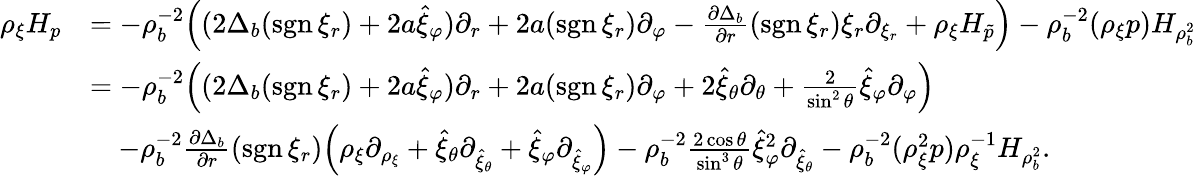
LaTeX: \begin{array}{rl}{\rho_{\xi}H_{p}}&{=-\rho_{b}^{-2}\Big((2\Delta_{b}(\mathrm{sgn\, }\xi_{r})+2a\hat{\xi}_{\varphi})\partial_{r}+2a(\mathrm{sgn\, }\xi_{r})\partial_{\varphi}-\frac{\partial\Delta_{b}}{\partial r}(\mathrm{sgn\, }\xi_{r})\xi_{r}\partial_{\xi_{r}}+\rho_{\xi}H_{\tilde{p}}\Big)-\rho_{b}^{-2}(\rho_{\xi}p)H_{\rho_{b}^{2}}}\\ &{=-\rho_{b}^{-2}\Big((2\Delta_{b}(\mathrm{sgn\, }\xi_{r})+2a\hat{\xi}_{\varphi})\partial_{r}+2a(\mathrm{sgn\, }\xi_{r})\partial_{\varphi}+2\hat{\xi}_{\theta}\partial_{\theta}+\frac{2}{\sin^{2}\theta}\hat{\xi}_{\varphi}\partial_{\varphi}\Big)}\\ &{\quad-\rho_{b}^{-2}\frac{\partial\Delta_{b}}{\partial r}(\mathrm{sgn\, }\xi_{r})\Big(\rho_{\xi}\partial_{\rho_{\xi}}+\hat{\xi}_{\theta}\partial_{\hat{\xi}_{\theta}}+\hat{\xi}_{\varphi}\partial_{\hat{\xi}_{\varphi}}\Big)-\rho_{b}^{-2}\frac{2\cos\theta}{\sin^{3}\theta}\hat{\xi}_{\varphi}^{2}\partial_{\hat{\xi}_{\theta}}-\rho_{b}^{-2}(\rho_{\xi}^{2}p)\rho_{\xi}^{-1}H_{\rho_{b}^{2}}.}\end{array}